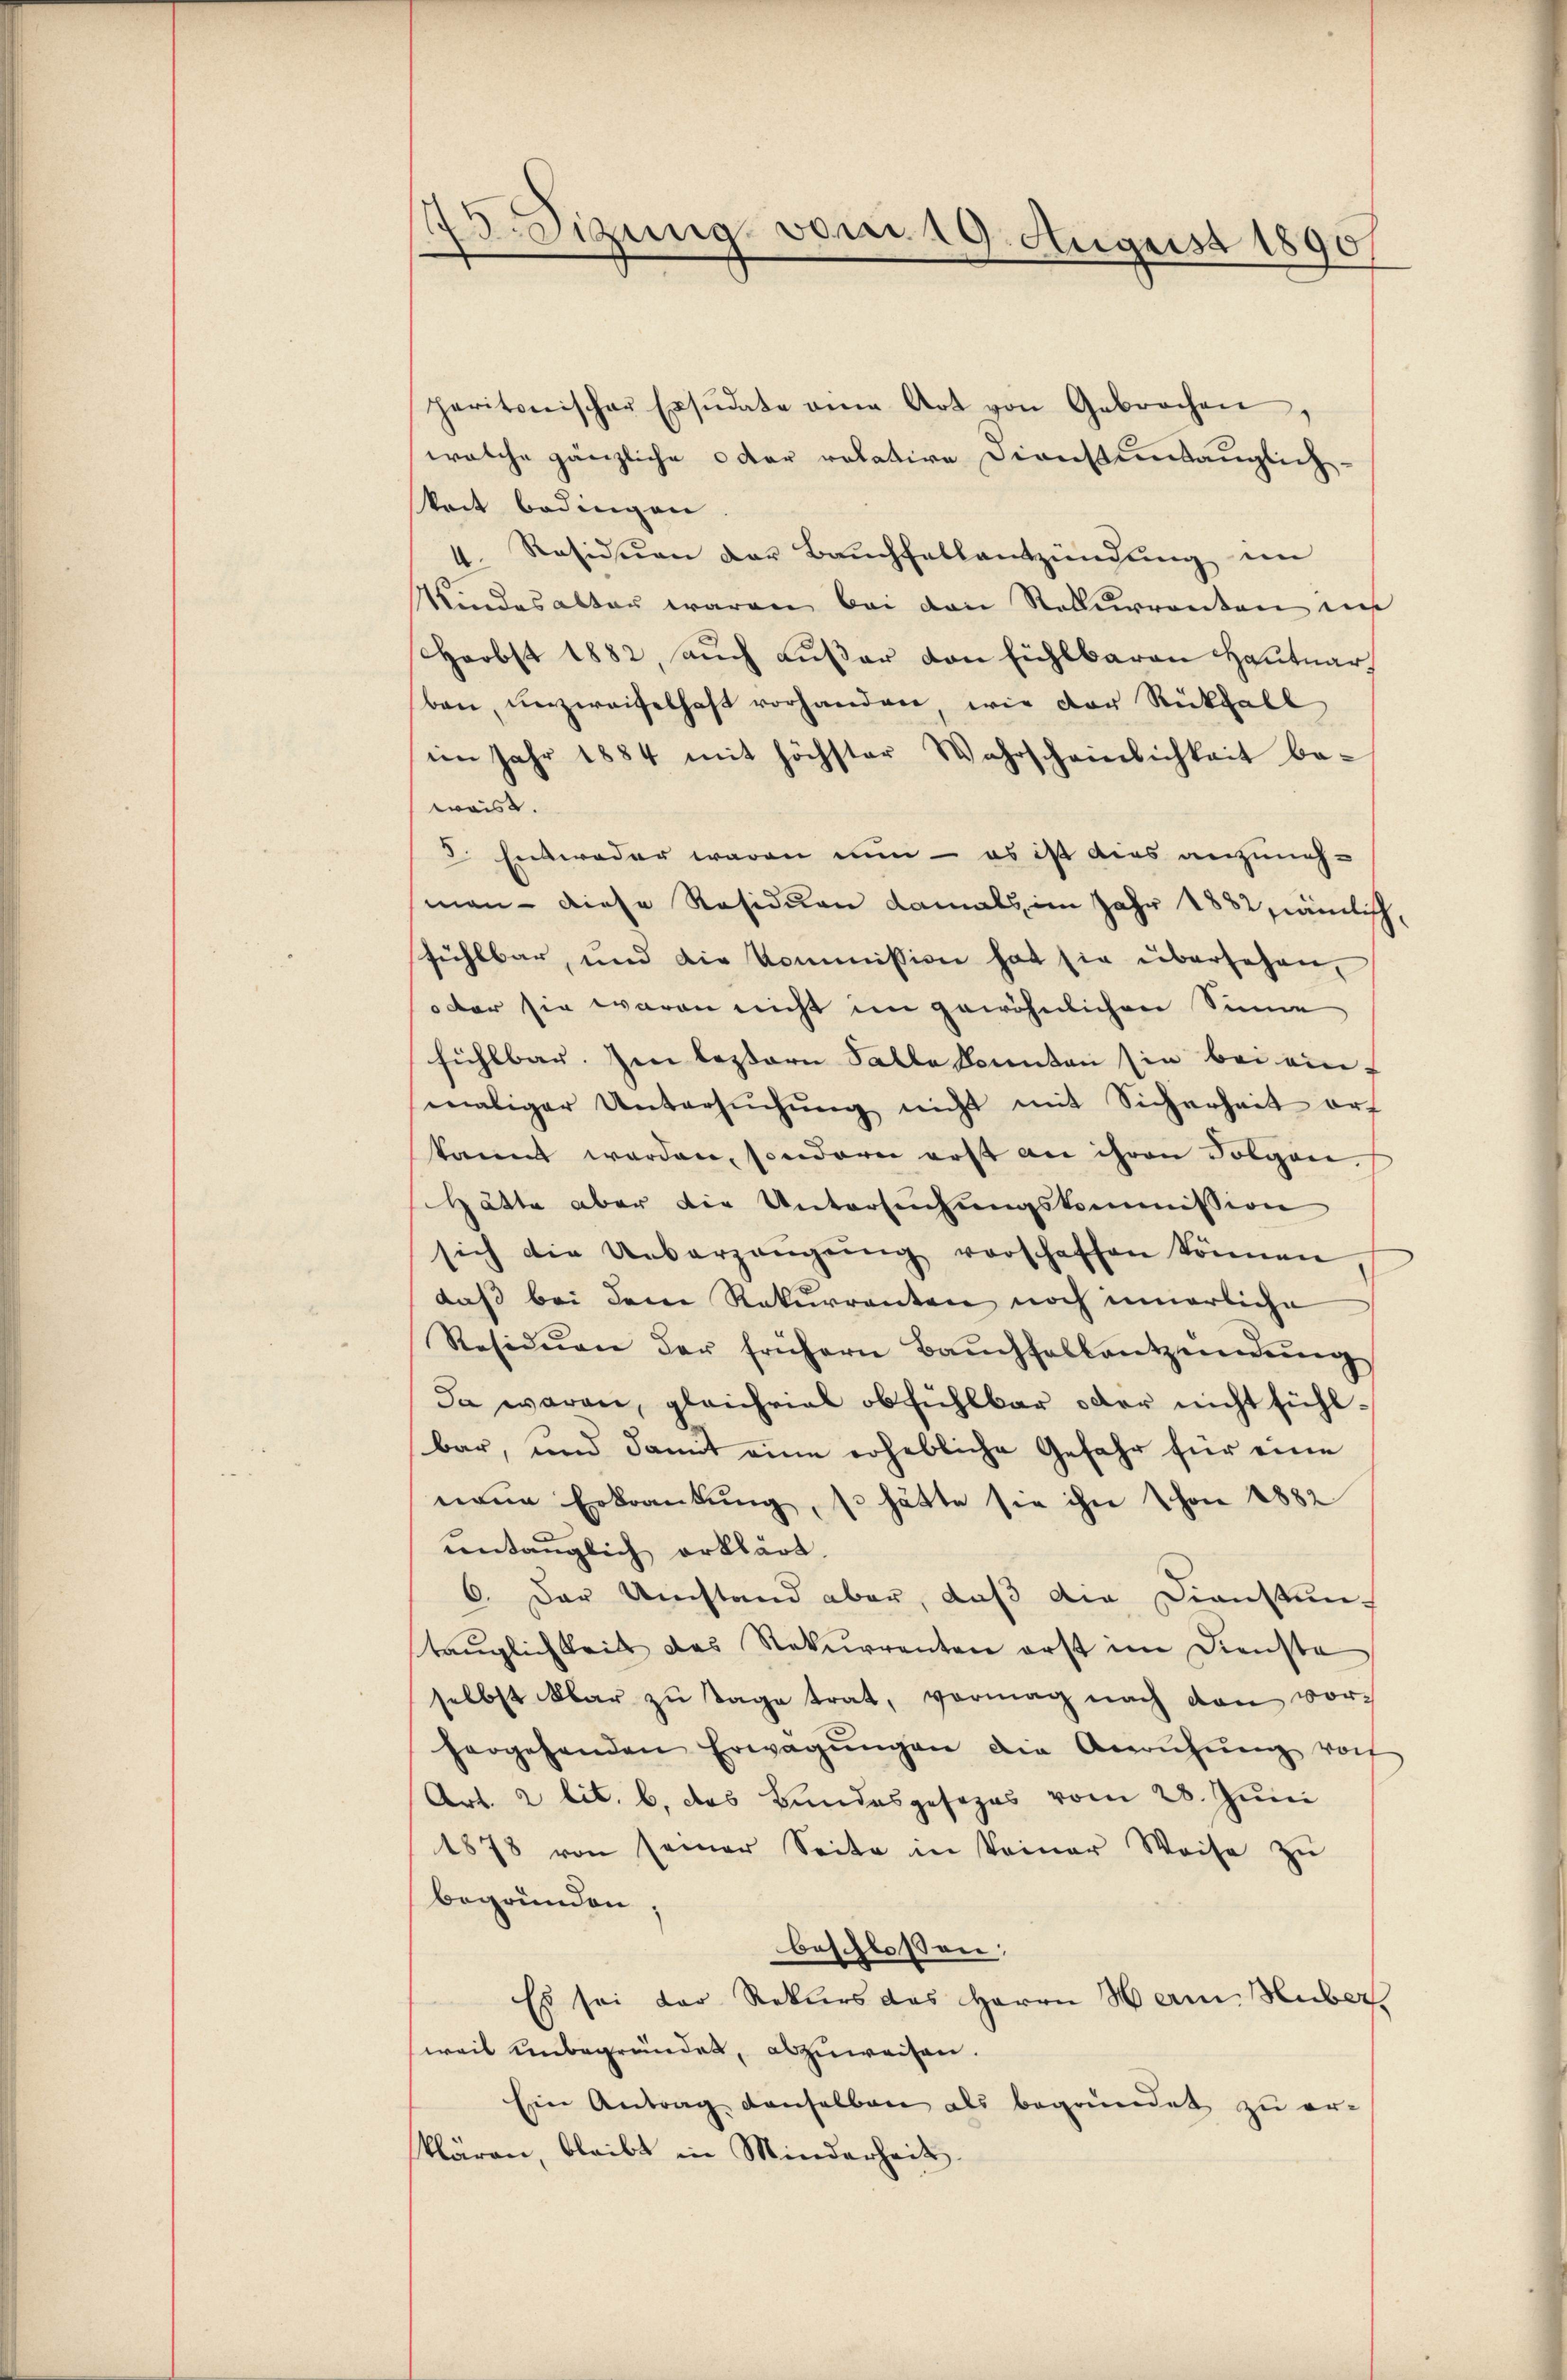
175. Sizung vom 19. August 1890

paritonischer Ersŭdate eine Art von Gebrochen,
welche gänzliche oder relative Dienstuntauglichkeit bedingen
4. Residuen der Bauchfallentzündung im
Kindesalter waren bei den Rekurrenten in
Herbst 1882, auch außer von fühlbaren Hautuar
ben, unzweifelhaft vorhanden, wie der Rückfall
im Jahr 1884 mit höchster Wahrscheinlichkeit be-
waist.
8. Entweder waren nun – es ist dies anzunehman diese Residuen damals im Jahr 1882 nämlich,
fühlbar, und die Kommission hat sie übersehen,
oder sie waren nicht im gewöhnlichen Sinne
fühlbar. Im leztern Falle konnten sie bei ein
maliger Untersŭchŭng nicht mit Sicherheit erf
kannt werden, sondern erst an ihren Folgen.
Hätte aber die Untersuchungskommission
sich die Ueberzeŭgŭng vorschaffen können
daß bei dene Rekurrenten noch innerliche
Residuen der frühern Baŭchfallentzündŭng
Da waren, gleichviel obfühlbar oder nicht fühlbar, und damit eine erhebliche Gefahr für eine
naue Erkrankung, so hätte sie ihn schon 1882
untauglich erklärt.
6. Der Umstand aber, daß die Dienstun-
taŭglichkeit des Rekurrenten erst im Dienste
selbst klar zŭ tage trat, vermag nach den vorhergehenden Erwägŭngen die Anrŭhŭng vorh
Art. 2 lit. b. das Bundesgesezes vom 28. Juni
1878 von seiner Seite in keiner Weise zŭ
begründen;
beschlossen:
Es sei der Rekurs des Herrn Hain Huber
weil unbegründet, abzuweisen.
Ein Antrag denselben als begründet zu er-
klären, bleibt in Minderheit.